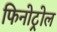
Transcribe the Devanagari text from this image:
फिनोट्रोल